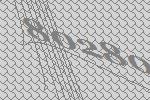
80280